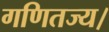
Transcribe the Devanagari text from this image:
गणितज्य।